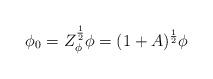
\begin{align*}\phi_0 = Z^{\frac{1}{2}}_\phi \phi = (1+A)^{\frac{1}{2}} \phi\end{align*}